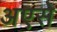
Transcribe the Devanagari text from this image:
अएसे